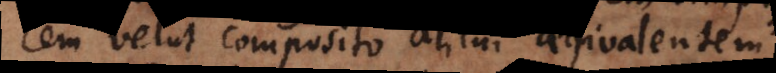
em velut composito alicui aequivalentem,